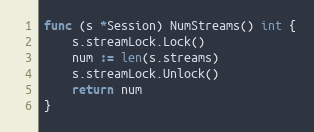
Language: Go
func (s *Session) NumStreams() int {
	s.streamLock.Lock()
	num := len(s.streams)
	s.streamLock.Unlock()
	return num
}